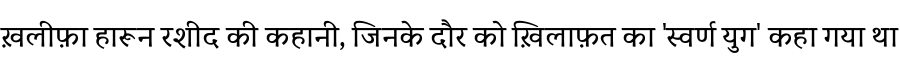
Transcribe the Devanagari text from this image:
ख़लीफ़ा हारून रशीद की कहानी, जिनके दौर को ख़िलाफ़त का 'स्वर्ण युग' कहा गया था